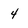
Character: 4